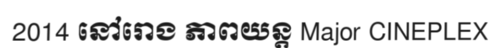
2014 នៅរោង ភាពយន្ត Major CINEPLEX